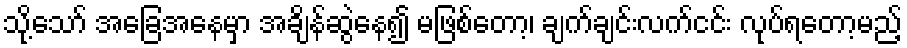
သို့သော် အခြေအနေမှာ အချိန်ဆွဲနေ၍ မဖြစ်တော့၊ ချက်ချင်းလက်ငင်း လုပ်ရတော့မည့်